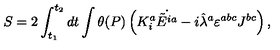
S = 2 \int _ { t _ { 1 } } ^ { t _ { 2 } } d t \int \theta ( P ) \left( K _ { i } ^ { a } \dot { \tilde { E } ^ { i a } } - i \hat { \lambda } ^ { a } \varepsilon ^ { a b c } J ^ { b c } \right) ,